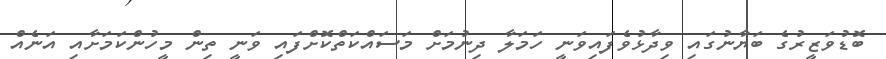
ބޮޑުވަޒީރުގެ ބަޔާނުގައި ވިދާޅުވެފައިވަނީ ހަމަލާ ދިނުމަށް މަސައްކަތްކޮށްފައި ވަނީ ތިން މީހުންކަމަށާއި އަނެއް